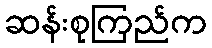
ဆန်းစုကြည်က